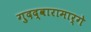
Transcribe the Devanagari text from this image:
गुदद्वारामार्गे